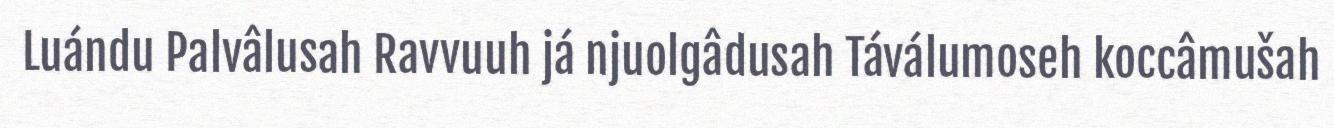
Luándu Palvâlusah Ravvuuh já njuolgâdusah Táválumoseh koccâmušah